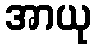
အာယု